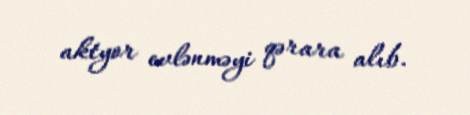
aktyor evlənməyi qərara alıb.